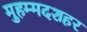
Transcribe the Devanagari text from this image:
मुहम्मदशहर